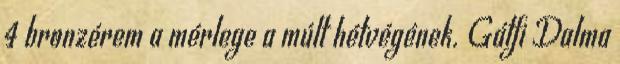
4 bronzérem a mérlege a múlt hétvégének. Gálfi Dalma